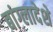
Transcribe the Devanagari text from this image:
बांग्लादेशे